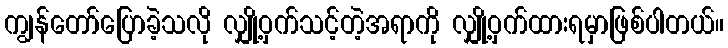
ကျွန်တော်ပြောခဲ့သလို လျှို့ဝှက်သင့်တဲ့အရာကို လျှို့ဝှက်ထားရမှာဖြစ်ပါတယ်။